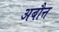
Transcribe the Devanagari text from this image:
अबौत्त